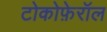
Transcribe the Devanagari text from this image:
टोकोफ़ेरॉल